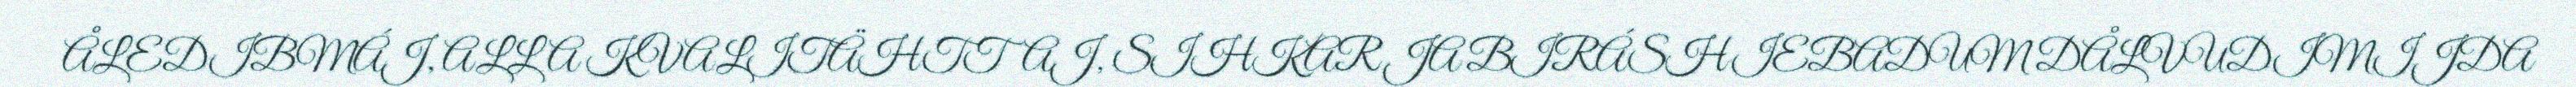
ÅLEDIBMÁJ, ALLA KVALITÄHTTAJ, SIHKAR JA BIRÁSHIEBADUM DÅLVUDIMIJDA